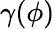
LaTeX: \gamma(\phi)